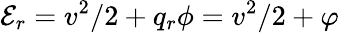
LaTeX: {\cal E}_{r}=v^{2}/2+q_{r}\phi=v^{2}/2+\varphi